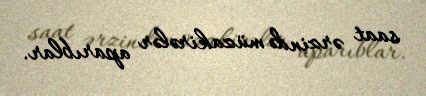
saat ərzində müzakirələr aparıblar.